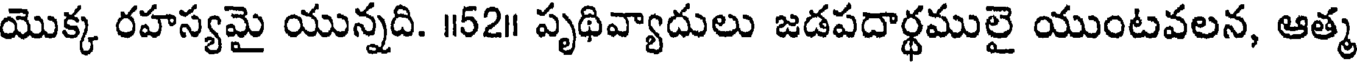
యొక్క రహస్యమై యున్నది. ॥52॥ పృథివ్యాదులు జడపదార్థములై యుంటవలన, ఆత్మ